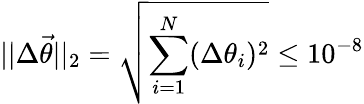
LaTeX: ||\Delta\vec{\theta}||_{2}=\sqrt{\sum_{i=1}^{N}(\Delta\theta_{i})^{2}}\le 10^{-8}